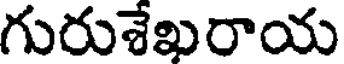
గురుశేఖరాయ